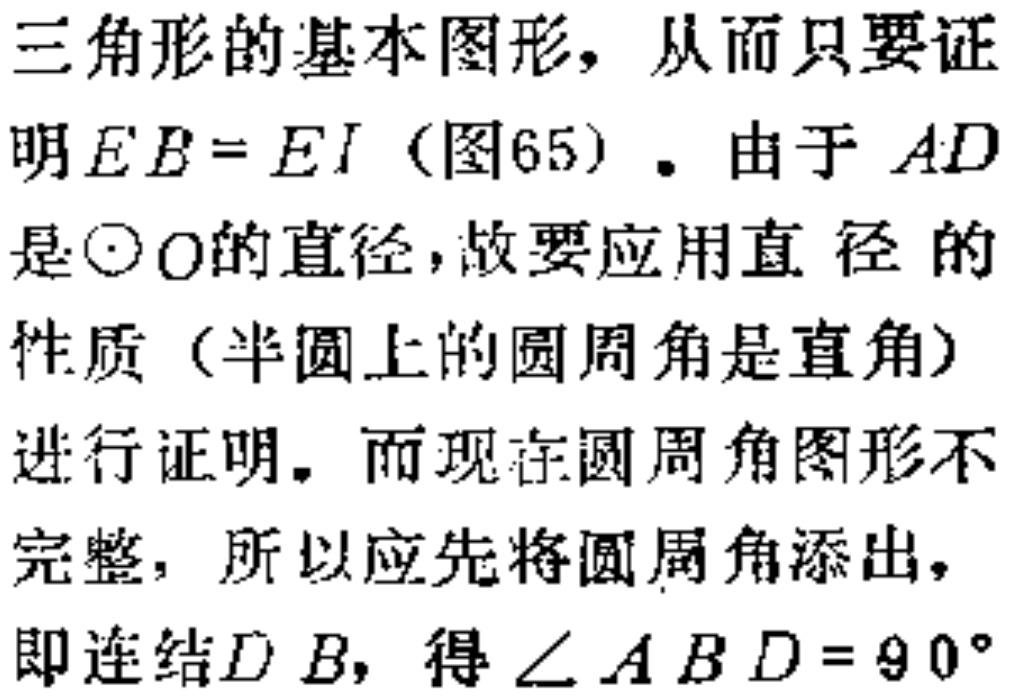
三角形的基本图形，从而只要证明 \(EB = EI\)（图65）。由于 \(AD\)是\(\odot O\)的直径，故要应用直径的性质（半圆上的圆周角是直角）进行证明。而现在圆周角图形不完整，所以应先将圆周角添出，即连结\(DB\)，得\(\angle ABD = 90^{\circ}\)